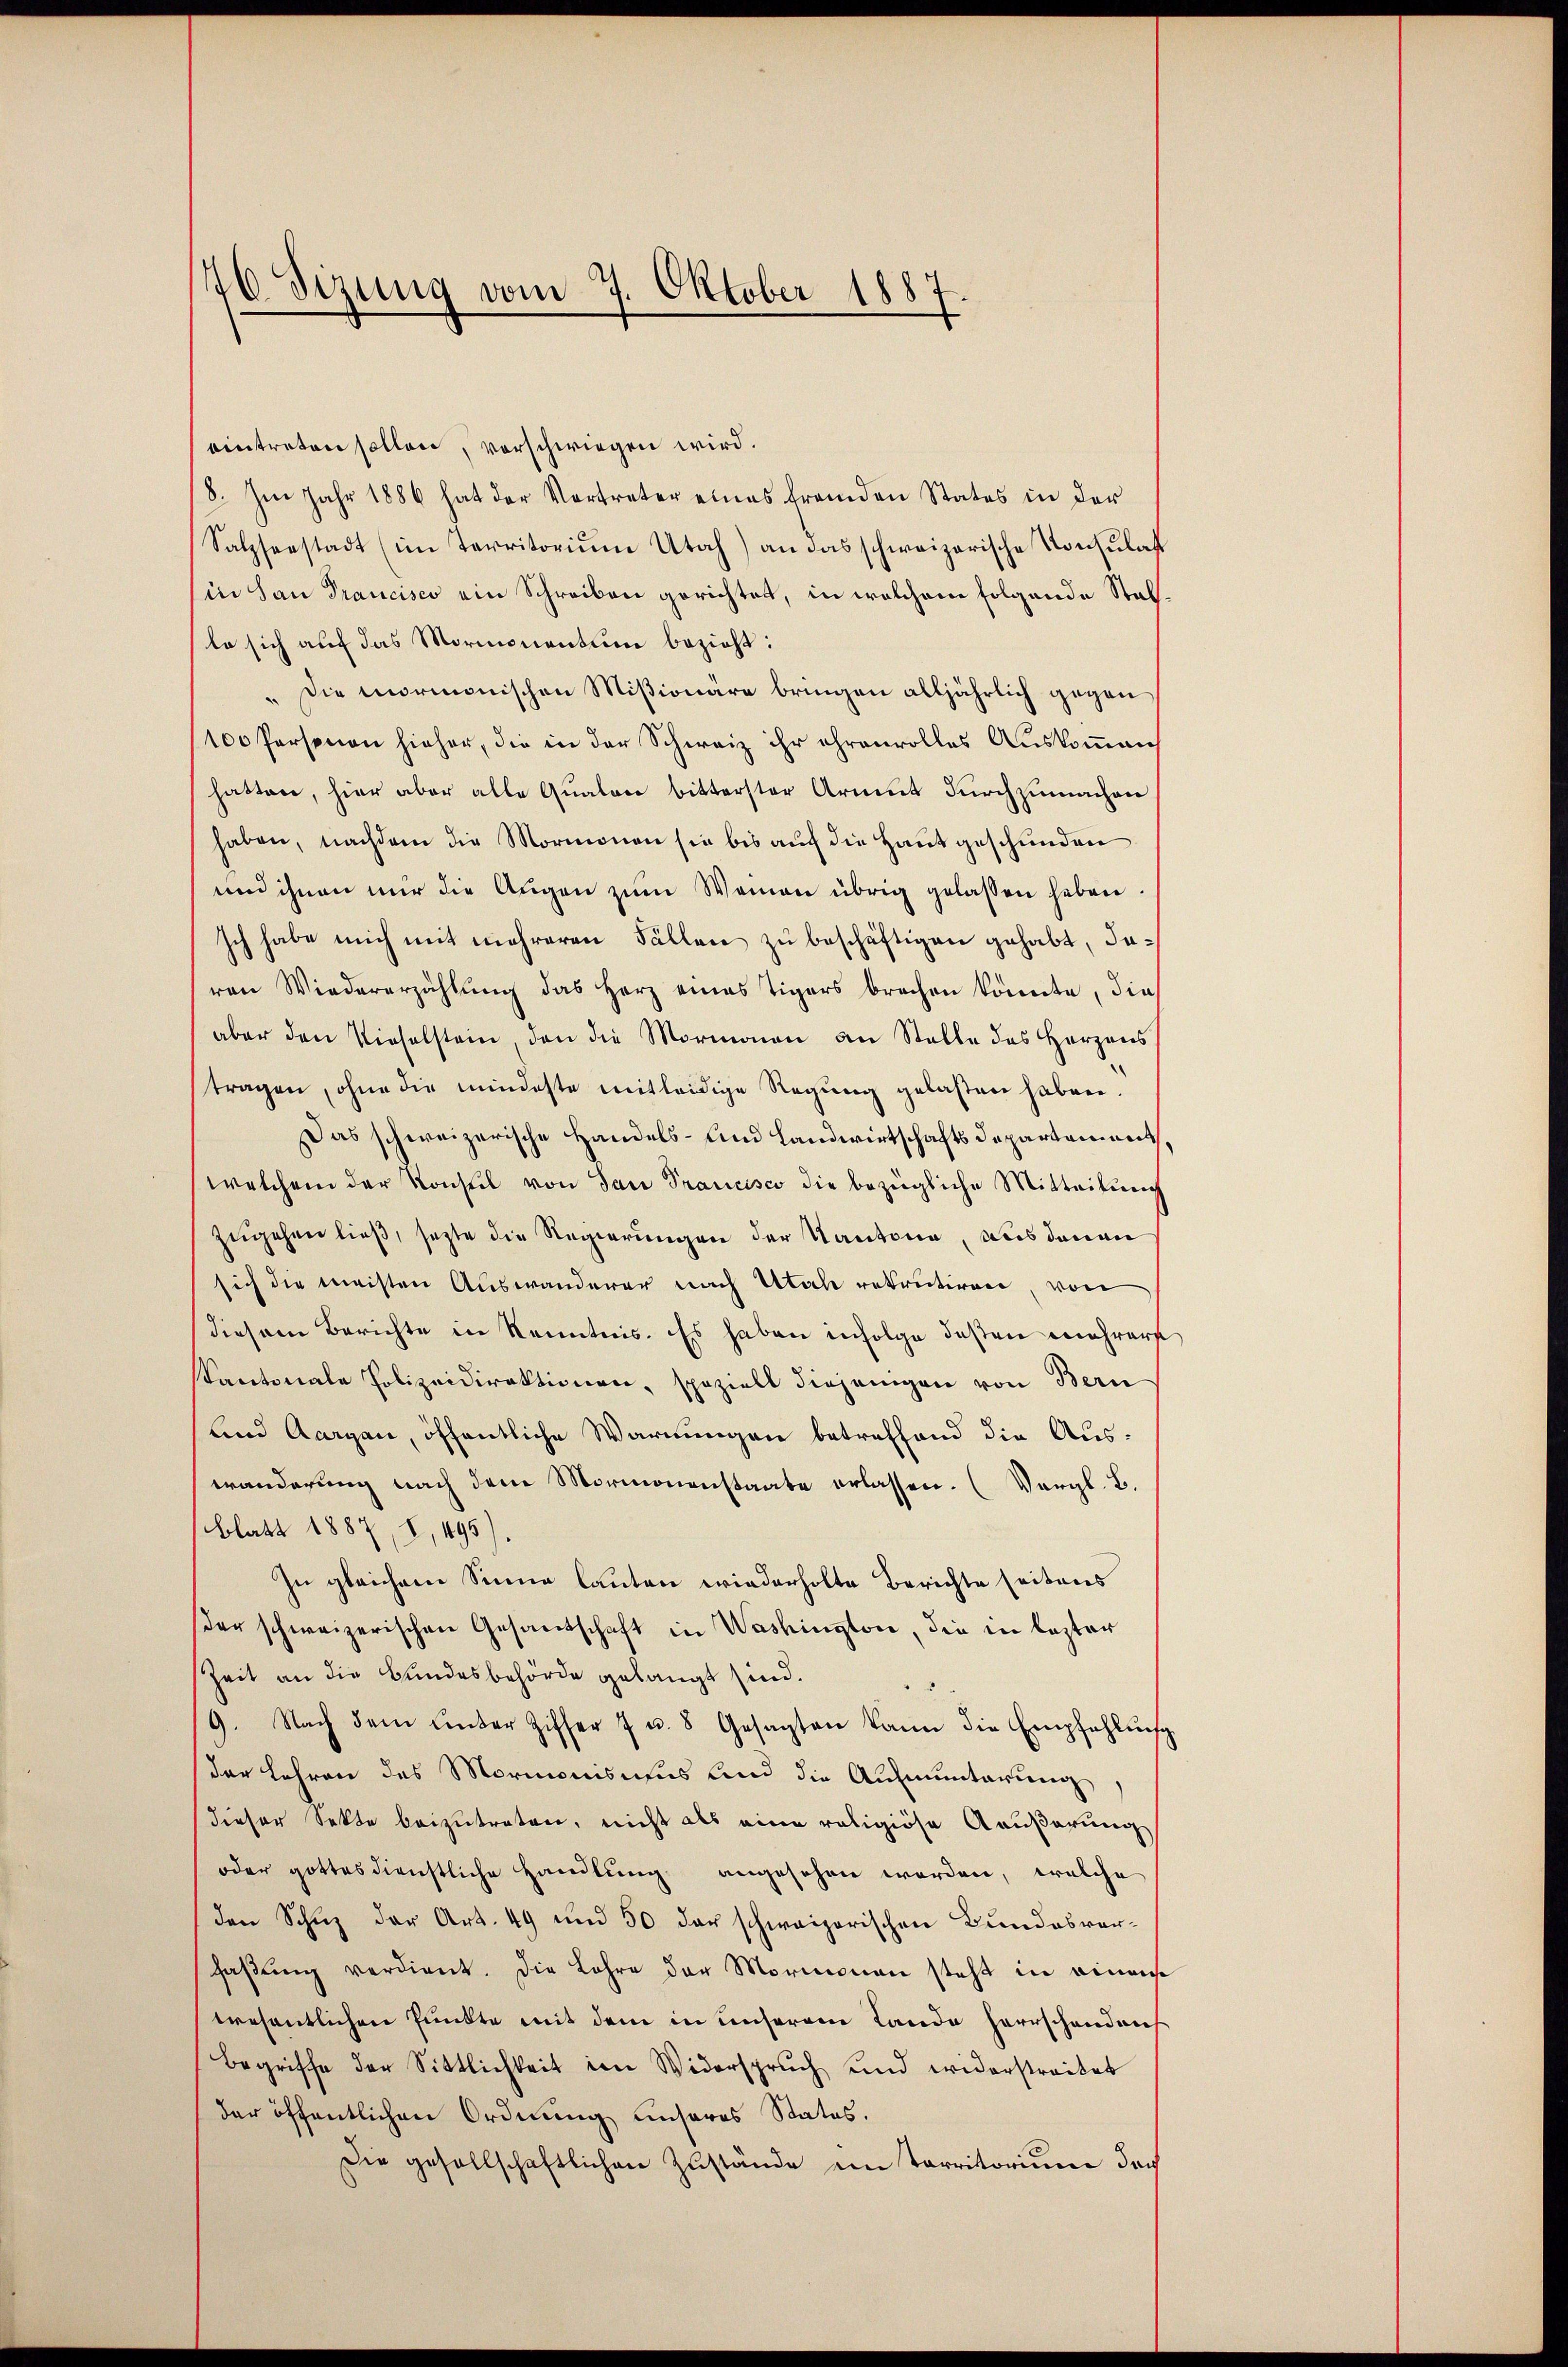
70 Sizung vom 7. Oktober 1887.

eintreten sollen, vorschwiegen wird.
8. Im Jahr 1886 hat der Vortreter eines fremden States in der
Salzserstadt (im Territoriŭm Utah) an das schweizerische Konsulat
(in San Francisco ein Schreiben gerichtet, in welchem folgende Stelle sich auf das Mormonentum bezieht:
" Die mormonischen Mißionäre bringen alljährlich gegen
100 Personen hieher, die in der Schweiz ihr ehrenvolles Auskommeng
hatten, hier aber alle Qualen bitterster Armut durchzumachen
haben, nachdem die Mormonen sie bis auch die Hausgeschunden
und ihnen mir die Augen zŭm Waren übrig gelassen haben.
Ich habe mich mit mehreren Fällen zu beschäftigen gehabt, daren Wiedererzählung das Herz eines Tigers brachen könnte, die
aber den Vieselstein, den die Mormonen an Stelle des Herzens
tragen, ohne die mindeste mitleidige Regung gelasten haben.
Das schweizerische Handels- und Landwirtschafts Departement
welchem der Konsul von San Prancisco die bezügliche Mitteilŭng
zugehen ließ, setzte die Regierungen der Kantone, aus denen
sich die meisten Auswanderer nach Utah rekrutiren, von
diesem Berichte in Kenntnis. Es haben infolge deßen mehrers
Santonale Polizeidirektionen, speziell diejenigen von Bern
und Aargau, öffentliche Warnungen betreffend die Auswänderung nach dem Mormonenstaate erlassen. (Vergl. B.
blatt 1887, I, 495).
In gleichem Sinne lauten wiederholte Berichte seitens
der schweizerischen Gesandschaft in Washington, die in lezter
Zeit an die Bundesbehörde gelangt sind.
/9. Nach dem unter Ziffer 7 u. 8 Gesagten kann die Empfehlŭng
der Lehren des Mormonismus und die Aufmunterung
dieser Sekte beizutreten, nicht als eine religiöse Aeußerung
oder gottesdienstliche Handlŭng angesehen worden, welche
den Schŭz der Art. 49 und 50 der schweizerischen Bundesver-
haβŭng verdient. Die Lehre der Mormonau steht in einem
wesentlichen Punkte mit dem in unserem Lande herrschanden
Begriffe der Sittlichkeit im Widerspruch und widerstreitet
der öffentlichen Ordnung unseres Status.
Die gesellschaftlichen Zustände im Parritorium doch